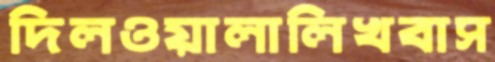
দিলওয়ালালিখবাস